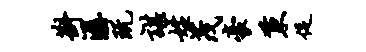
斟潺玩谌姓茂豪秉促